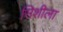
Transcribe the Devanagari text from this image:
सिशीला